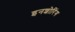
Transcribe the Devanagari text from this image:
इनशोरिंग